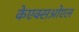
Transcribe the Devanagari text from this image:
केएक्सओएल